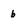
Character: b